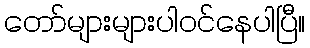
တော်များများပါဝင်နေပါပြီ။